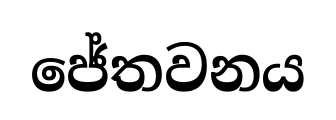
ජේතවනය